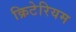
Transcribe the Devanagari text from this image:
क्रिटेरियम